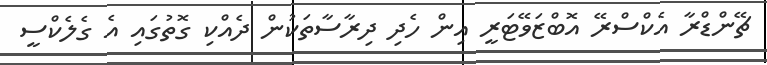
ޗޭންޑްރާ އެކްސްރޭ އޮބްޒަވޭޓަރީ އިން ހެދި ދިރާސާތަކުން ދެއްކި ގޮތުގައި އެ ގެލެކްސީ